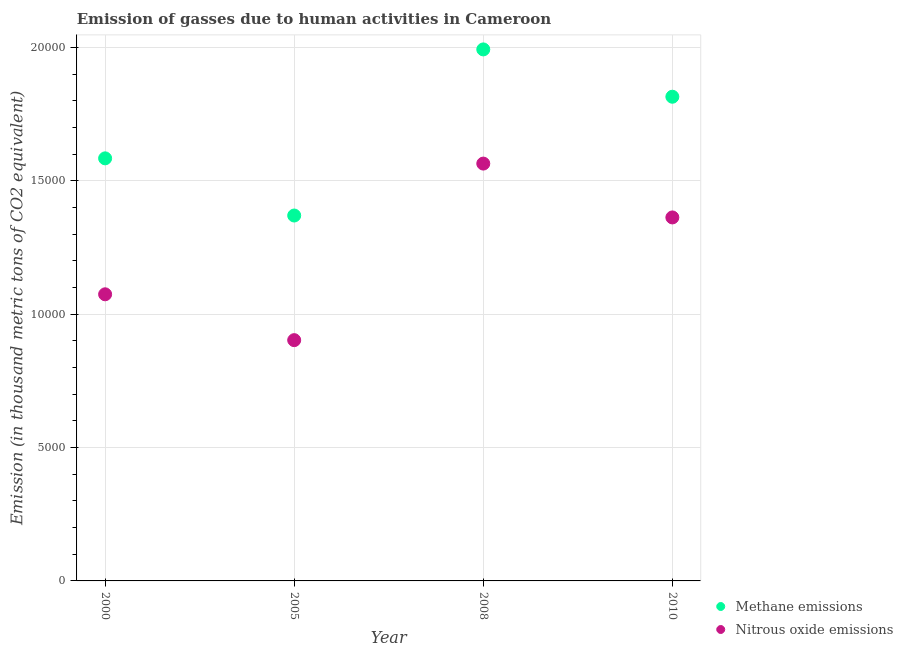
| Year | Methane emissions | Nitrous oxide emissions |
 | --- | --- | --- |
 | 2000 | 1.58e+04 | 1.07e+04 |
 | 2005 | 1.37e+04 | 9.03e+03 |
 | 2008 | 1.99e+04 | 1.56e+04 |
 | 2010 | 1.82e+04 | 1.36e+04 |